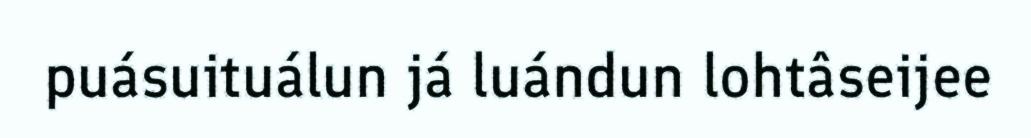
puásuituálun já luándun lohtâseijee